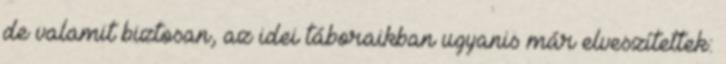
de valamit biztosan, az idei táboraikban ugyanis már elveszítettek: